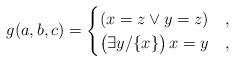
LaTeX: \begin{align*}g(a,b,c) = \begin{cases} (x = z \lor y = z)& , \\ \bigl(\exists y/\{x\}\bigr)\,x = y& ,\end{cases}\end{align*}